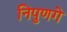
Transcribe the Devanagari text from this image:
निपुणगे